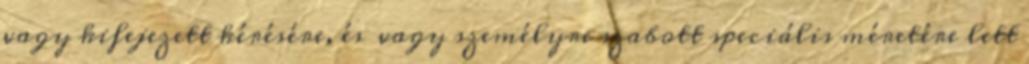
vagy kifejezett kérésére, és vagy személyre szabott speciális méretére lett